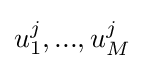
u_{1}^{j},...,u_{M}^{j}